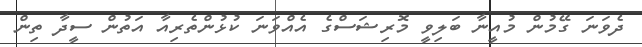
ދެވަނަ ގޭމުން މުއީނާ ބަލިވީ މޮރިޝަސްގެ އެއްވަނަ ކުޅުންތެރިއާ އަތުން ސީދާ ތިން